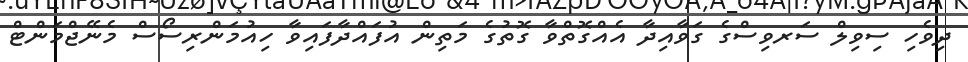
ދިވެހި ސިވިލް ސަރވިސްގެ ގަވާއިދާ އެއްގޮތްވާ ގޮތުގެ މަތިން އުފައްދާފައިވާ ހިއުމަންރިސޯސް މެނޭޖްމަންޓް